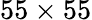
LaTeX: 55\times 55